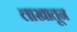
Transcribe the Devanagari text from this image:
लाखातून